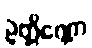
ဥတ္တိဏ္ဏော